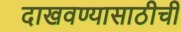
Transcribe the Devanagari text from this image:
दाखवण्यासाठीची